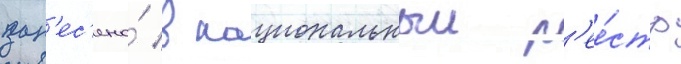
зан'ес'ена́ в национальныи р'ее́стр